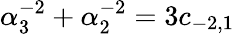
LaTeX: \alpha_{3}^{-2}+\alpha_{2}^{-2}=3c_{-2,1}